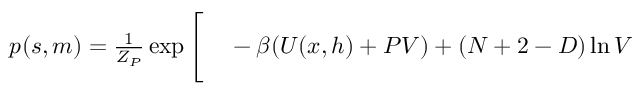
\begin{array} { r l } { p ( s , m ) = \frac { 1 } { Z _ { P } } \exp \Bigg [ } & { { } - \beta ( U ( x , h ) + P V ) + ( N + 2 - D ) \ln { V } } \end{array}